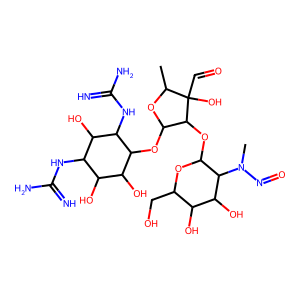
SMILES: CC1OC(OC2C(O)C(O)C(NC(=N)N)C(O)C2NC(=N)N)C(OC2OC(CO)C(O)C(O)C2N(C)N=O)C1(O)C=O
Inhibits HIV replication: No